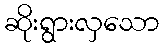
ဆိုးရွားလှသော